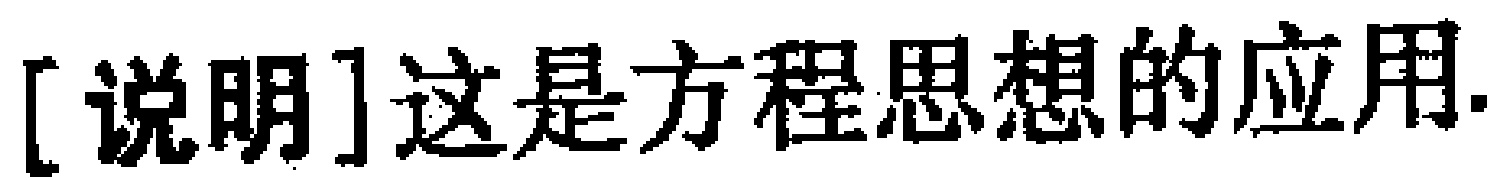
[说明]这是方程思想的应用.